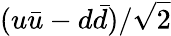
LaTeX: (u\bar{u}-d\bar{d})/\sqrt{2}